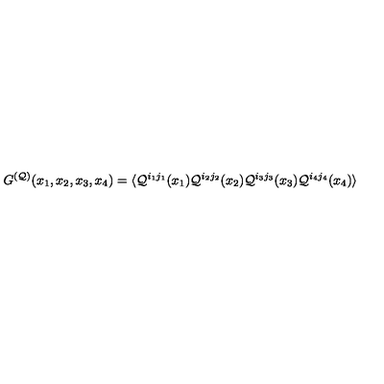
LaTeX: G ^ { ( { \cal Q } ) } ( x _ { 1 } , x _ { 2 } , x _ { 3 } , x _ { 4 } ) = \langle { \cal Q } ^ { i _ { 1 } j _ { 1 } } ( x _ { 1 } ) { \cal Q } ^ { i _ { 2 } j _ { 2 } } ( x _ { 2 } ) { \cal Q } ^ { i _ { 3 } j _ { 3 } } ( x _ { 3 } ) { \cal Q } ^ { i _ { 4 } j _ { 4 } } ( x _ { 4 } ) \rangle